V__Kingissepa_nim__kolhoos, lk 88
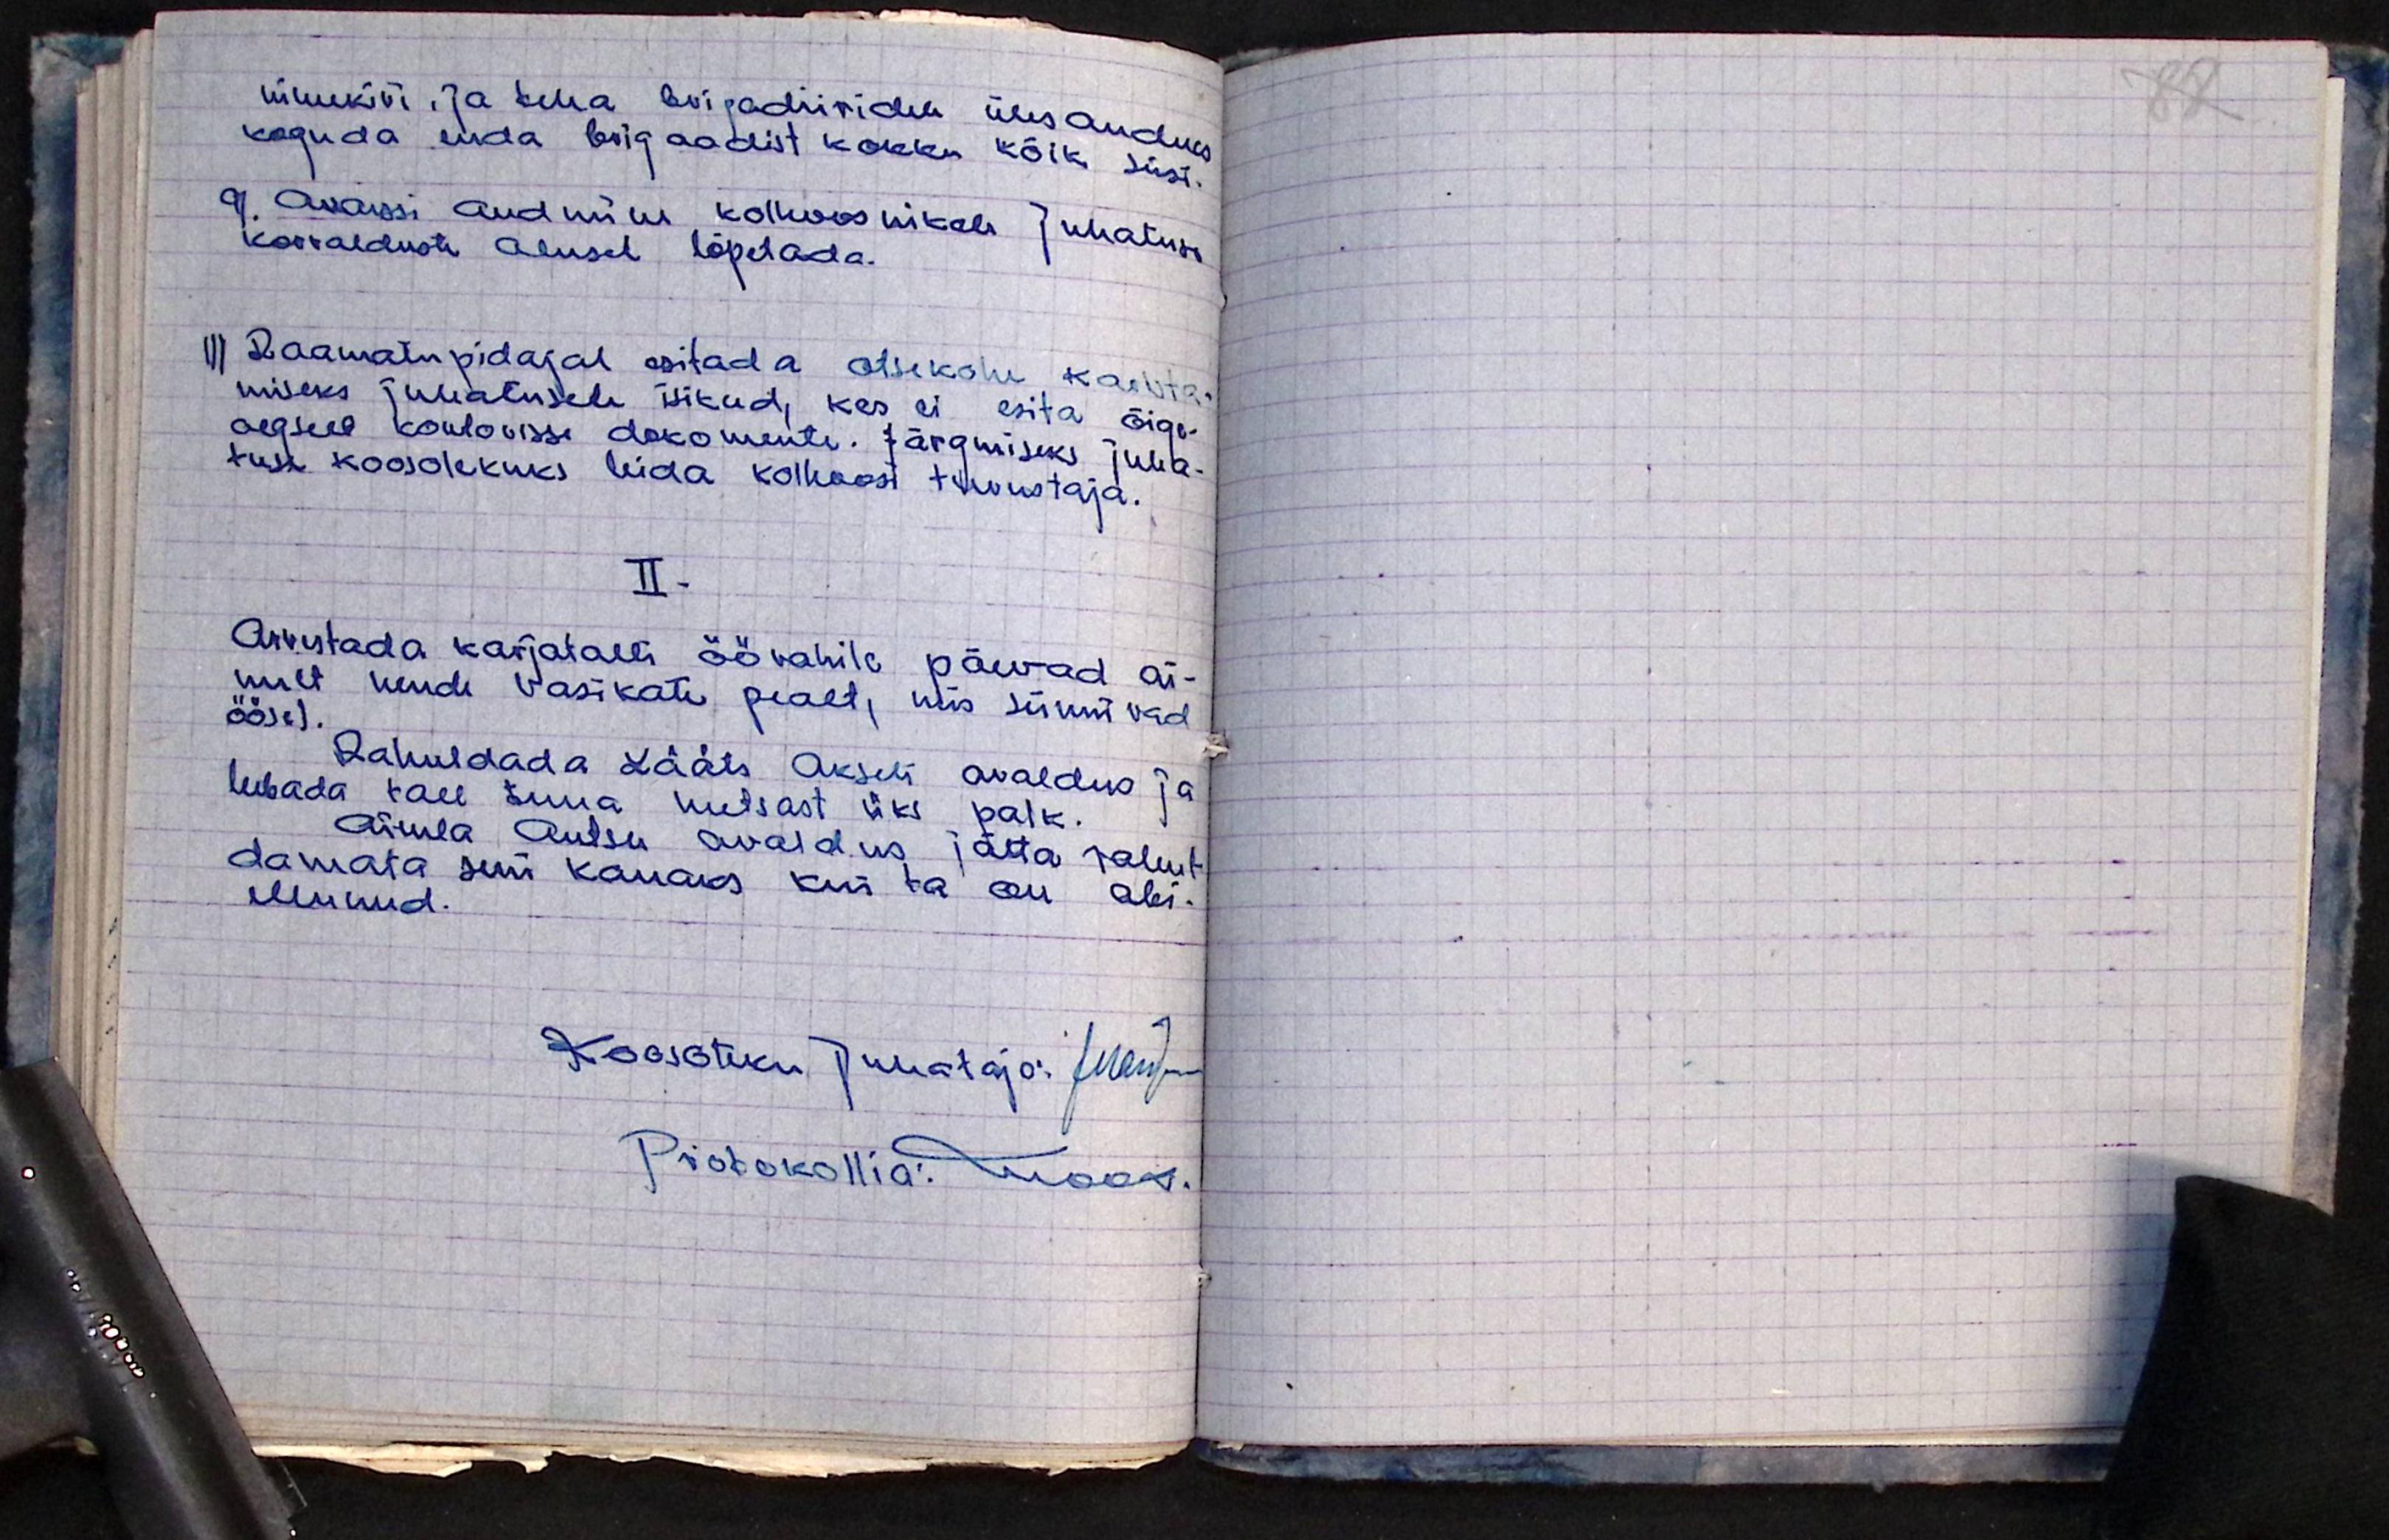
nimekiri ja teha brigadiiridele ülesandeks
koguda enda brigaadist kokku kõik süsi.
9. Avanssi andmine kolhoosnikele Juhatuse
korralduste alusel lõpetada.
1) Raamatupidajal esitada otsekohe, kaevta-
miseks juhatusele isikud, kes ei esita õige-
aegselt kontorisse dokumente. Järgmiseks juha-
tuse koosolekuks leida kolhoosi tuvustaja.
II.
Arvestada karjatalli öövahile päevad ai-
nult nende vasikate pealt, mis sünnivad
öösel.
Rahuldada Lääts Akseli avaldus ja
lubada tall tuua metsast üks palk.
Aimla Antsu avaldus, jätta rahul-
damata seni kauaks kui ta on abi-
ellunud.
Koosoleku Juhataja: J. Meid-
Protokollia: Mook